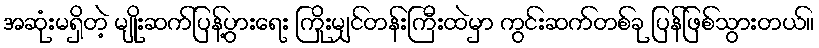
အဆုံးမရှိတဲ့ မျိုးဆက်ပြန့်ပွားရေး ကြိုးမျှင်တန်းကြီးထဲမှာ ကွင်းဆက်တစ်ခု ပြန်ဖြစ်သွားတယ်။